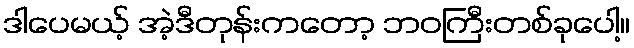
ဒါပေမယ့် အဲ့ဒီတုန်းကတော့ ဘဝကြီးတစ်ခုပေါ့။